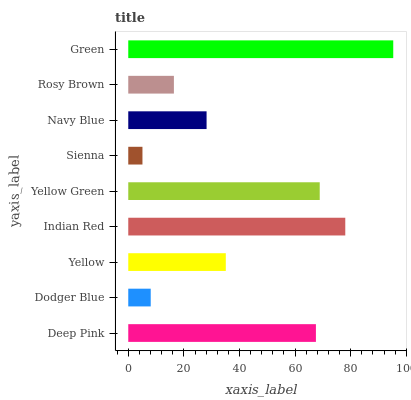
| yaxis_label | bars |
 | --- | --- |
 | Deep Pink | 67.5 |
 | Dodger Blue | 8.08 |
 | Yellow | 35.1 |
 | Indian Red | 78 |
 | Yellow Green | 68.8 |
 | Sienna | 5.1 |
 | Navy Blue | 28.2 |
 | Rosy Brown | 16.4 |
 | Green | 95.3 |